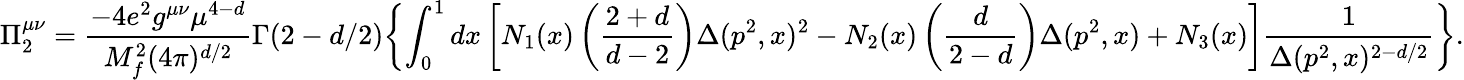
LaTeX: \Pi_{2}^{\mu\nu}=\frac{-4e^{2}g^{\mu\nu}\mu^{4-d}}{M_{f}^{2}(4\pi)^{d/2}}\Gamma(2-d/2)\biggl\{ \int_{0}^{1}dx\left[N_{1}(x)\left(\frac{2+d}{d-2}\right)\Delta(p^{2},x)^{2}-N_{2}(x)\left(\frac{d}{2-d}\right)\Delta(p^{2},x)+N_{3}(x)\right]\frac{1}{\Delta(p^{2},x)^{2-d/2}}\biggr\} .